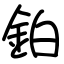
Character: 鉑